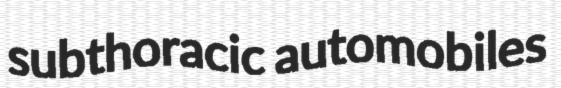
subthoracic automobiles